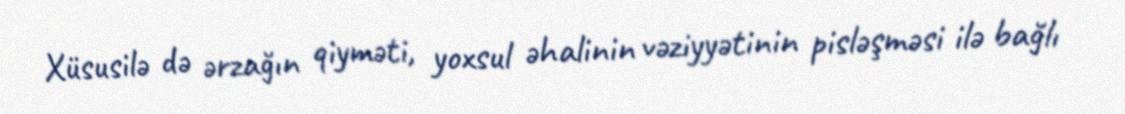
Xüsusilə də ərzağın qiyməti, yoxsul əhalinin vəziyyətinin pisləşməsi ilə bağlı